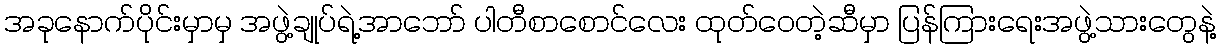
အခုနောက်ပိုင်းမှာမှ အဖွဲ့ချုပ်ရဲ့အာဘော် ပါတီစာစောင်လေး ထုတ်ဝေတဲ့ဆီမှာ ပြန်ကြားရေးအဖွဲ့သားတွေနဲ့